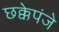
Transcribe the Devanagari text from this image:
छक्केपंजे